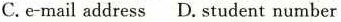
C.e-mail address D.student number